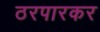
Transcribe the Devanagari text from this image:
ठरपारकर